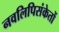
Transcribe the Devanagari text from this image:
नवलिपिसंकेतों